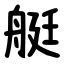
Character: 艇